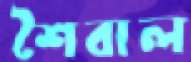
শৈবাল